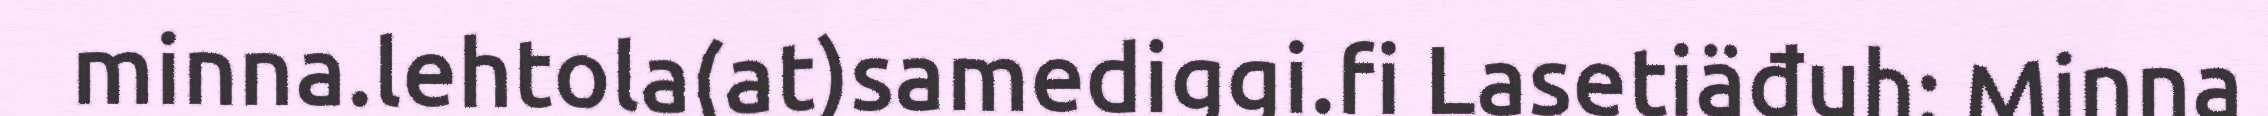
minna.lehtola(at)samediggi.fi Lasetiäđuh: Minna